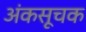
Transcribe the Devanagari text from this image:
अंकसूचक